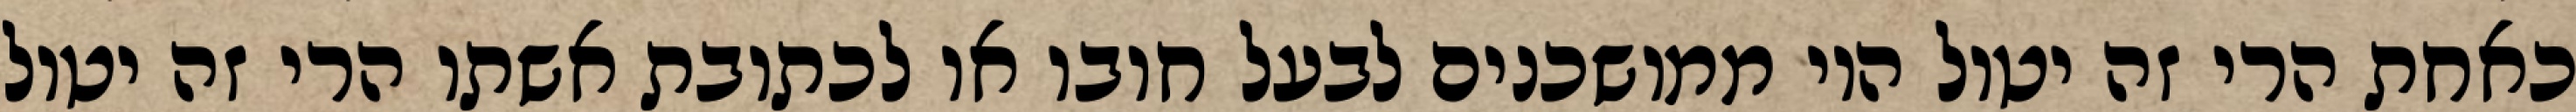
כאחת הרי זה יטול היו ממושכנים לבעל חובו או לכתובת אשתו הרי זה יטול